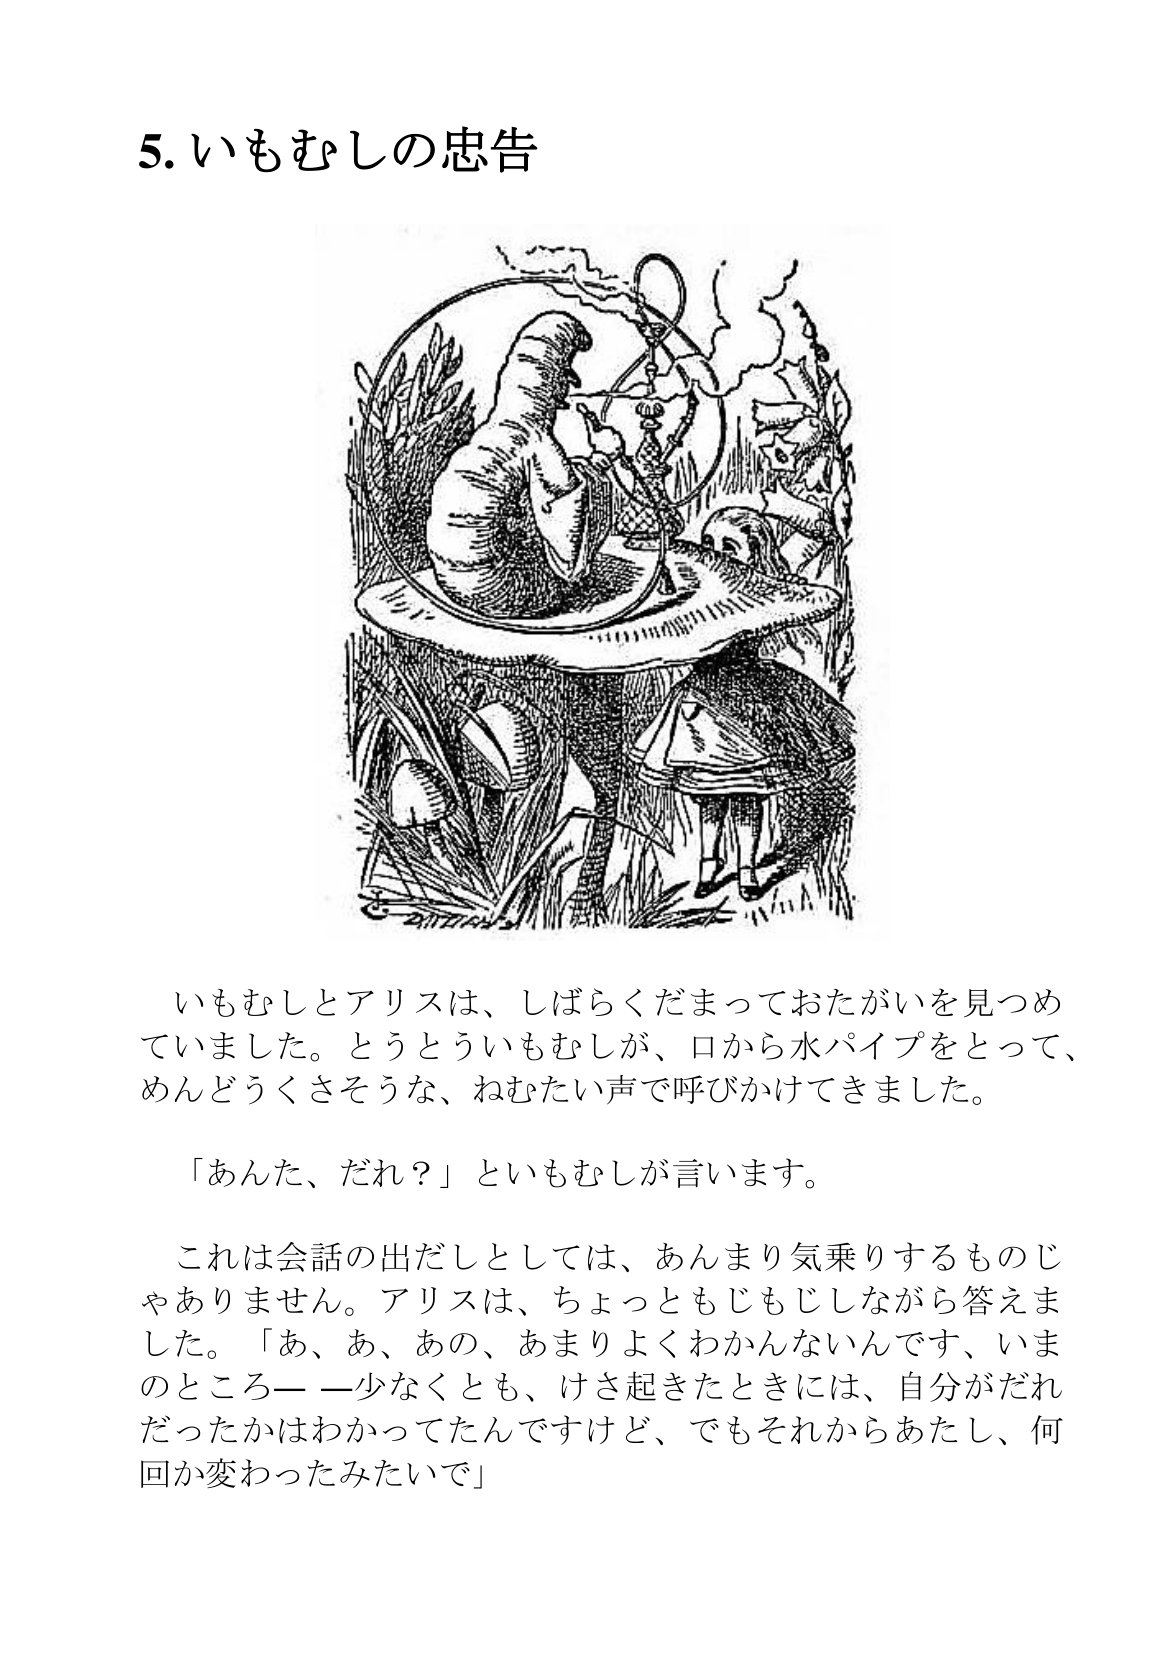
Language: ja